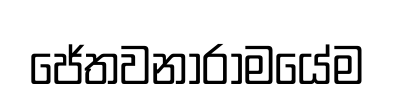
ජේතවනාරාමයේම